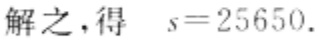
解之，得 \(s = 25650\)。